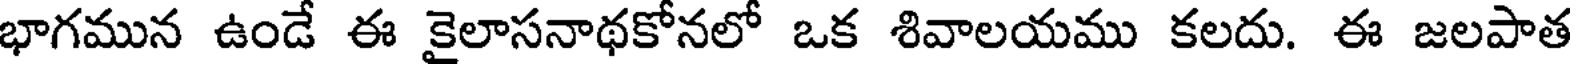
భాగమున ఉండే ఈ కైలాసనాథకోనలో ఒక శివాలయము కలదు. ఈ జలపాత